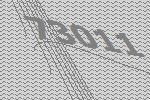
73011